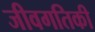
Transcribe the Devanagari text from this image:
जीवगतिकी